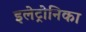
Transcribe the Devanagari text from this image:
इलेट्रोनिका